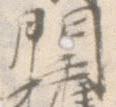
門